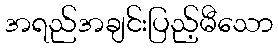
အရည်အချင်းပြည့်မီသော